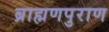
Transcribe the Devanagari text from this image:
ब्राह्मणपुराण